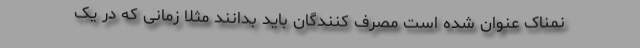
نمناک عنوان شده است مصرف کنندگان باید بدانند مثلاً زمانی که در یک